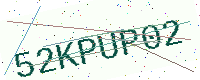
Text: 52KPUP02